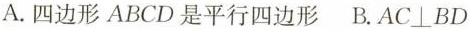
A.四边形ABCD是平行四边形 B.$$AC\perp BD$$